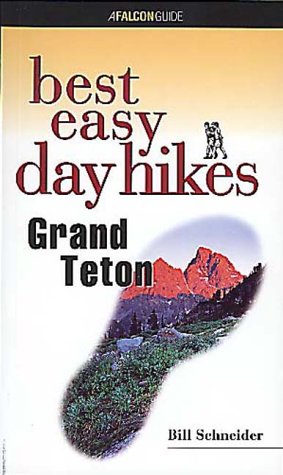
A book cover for Best Easy Day Hikes Grand Teton (Best Easy Day Hikes Series); Bill Schneider; Travel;